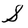
Character: S